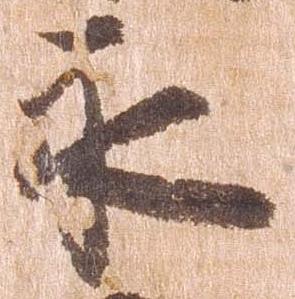
永